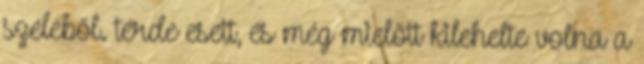
széléből. térde esett, és még mielőtt kilehelte volna a